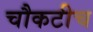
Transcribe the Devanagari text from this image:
चौकटीच